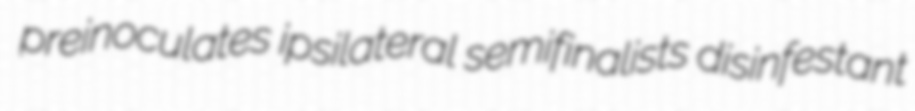
preinoculates ipsilateral semifinalists disinfestant